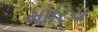
મારિચ